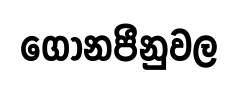
ගෝනපීනුවල